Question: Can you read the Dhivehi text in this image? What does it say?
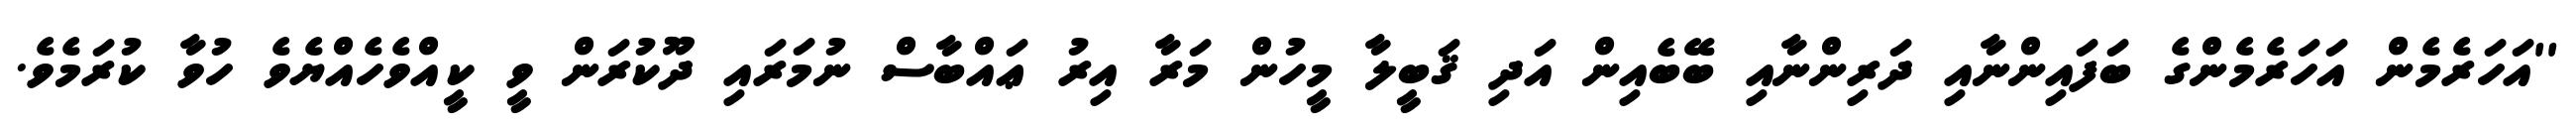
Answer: ''އަހަރެމެން އަހަރެމެންގެ ބަފައިންނާއި ދަރިންނާއި ބޭބެއިން އަދި ޤަބީލާ މީހުން މަރާ އިރު ޢައްބާސް ނުމަރައި ދޫކުރަން ވީ ކީއްވެހެއްޔެވެ ހުވާ ކުރަމެވެ.